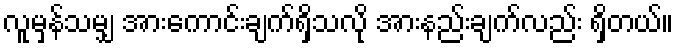
လူမှန်သမျှ အားကောင်းချက်ရှိသလို အားနည်းချက်လည်း ရှိတယ်။